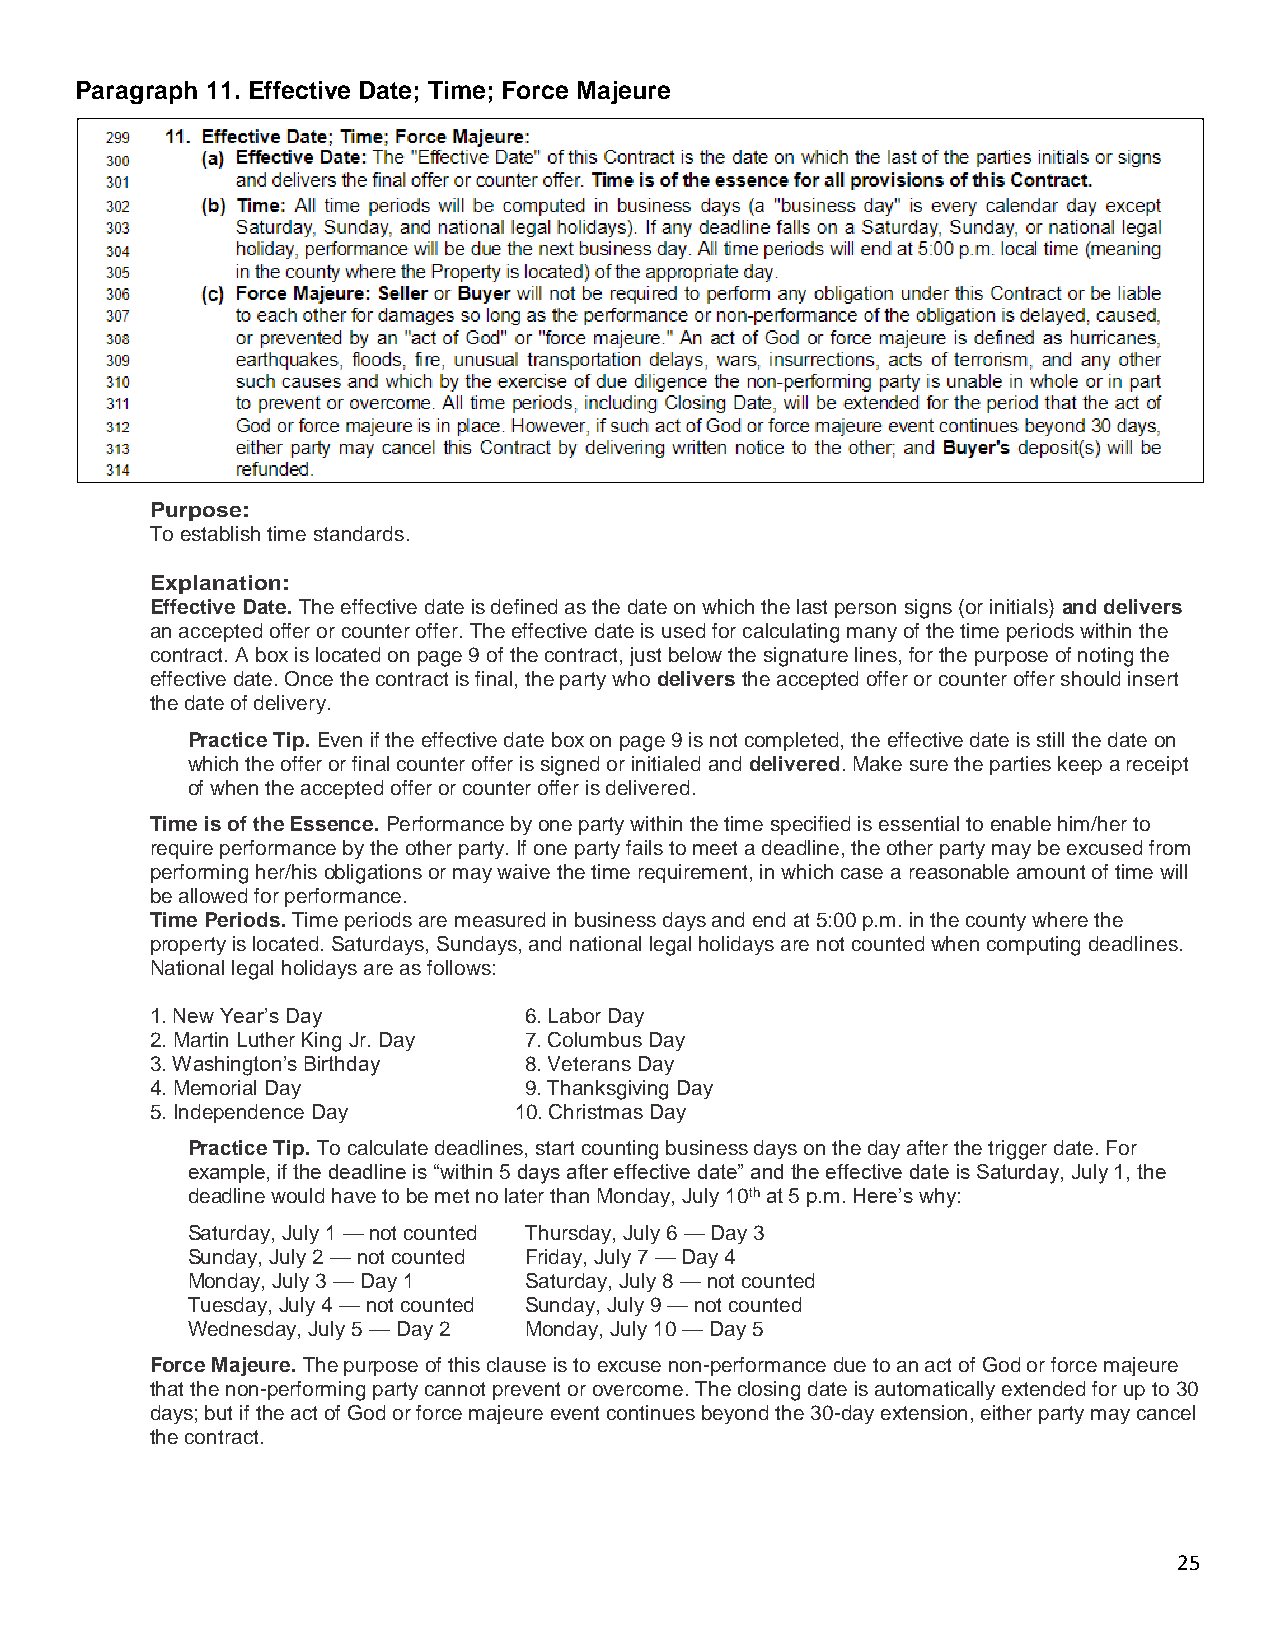
Paragraph 11. Effective Date; Time; Force Majeure
 Purpose:
 To establish time standards.
 Explanation:
 Effective Date. The effective date is defined as the date on which the last person signs (or initials) and delivers
 an accepted offer or counter offer. The effective date is used for calculating many of the time periods within the
 contract. A box is located on page 9 of the contract, just below the signature lines, for the purpose of noting the
 effective date. Once the contract is final, the party who delivers the accepted offer or counter offer should insert
 the date of delivery.
 Practice Tip. Even if the effective date box on page 9 is not completed, the effective date is still the date on
 which the offer or final counter offer is signed or initialed and delivered. Make sure the parties keep a receipt
 of when the accepted offer or counter offer is delivered.
 Time is of the Essence. Performance by one party within the time specified is essential to enable him/her to
 require performance by the other party. If one party fails to meet a deadline, the other party may be excused from
 performing her/his obligations or may waive the time requirement, in which case a reasonable amount of time will
 be allowed for performance.
 Time Periods. Time periods are measured in business days and end at 5:00 p.m. in the county where the
 property is located. Saturdays, Sundays, and national legal holidays are not counted when computing deadlines.
 National legal holidays are as follows:
 1. New Year’s Day        6. Labor Day
 2. Martin Luther King Jr. Day 7. Columbus Day
 3. Washington’s Birthday 8. Veterans Day
 4. Memorial Day          9. Thanksgiving Day
 5. Independence Day     10. Christmas Day
 Practice Tip. To calculate deadlines, start counting business days on the day after the trigger date. For
 example, if the deadline is “within 5 days after effective date” and the effective date is Saturday, July 1, the
 deadline would have to be met no later than Monday, July 10th at 5 p.m. Here’s why:
 Saturday, July 1 — not counted Thursday, July 6 — Day 3
 Sunday, July 2 — not counted Friday, July 7 — Day 4
 Monday, July 3 — Day 1 Saturday, July 8 — not counted
 Tuesday, July 4 — not counted Sunday, July 9 — not counted
 Wednesday, July 5 — Day 2 Monday, July 10 — Day 5
 Force Majeure. The purpose of this clause is to excuse non-performance due to an act of God or force majeure
 that the non-performing party cannot prevent or overcome. The closing date is automatically extended for up to 30
 days; but if the act of God or force majeure event continues beyond the 30-day extension, either party may cancel
 the contract.
 25